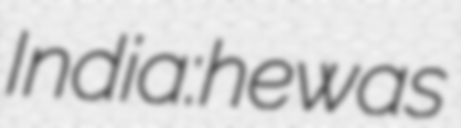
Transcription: India: he was